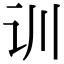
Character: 训